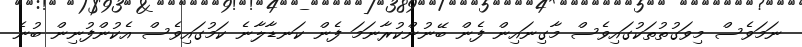
ނަމަވެސް މިވަގުތުތަކުގައިވެސް މާގިނައިން ފެން ބޭނުންކުރާނަމަ ފެން ކަނޑާލާނެ ކަމުގައިވެސް އެކުންފުނިން ބުނެ